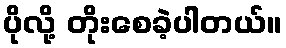
ပိုလို့ တိုးစေခဲ့ပါတယ်။